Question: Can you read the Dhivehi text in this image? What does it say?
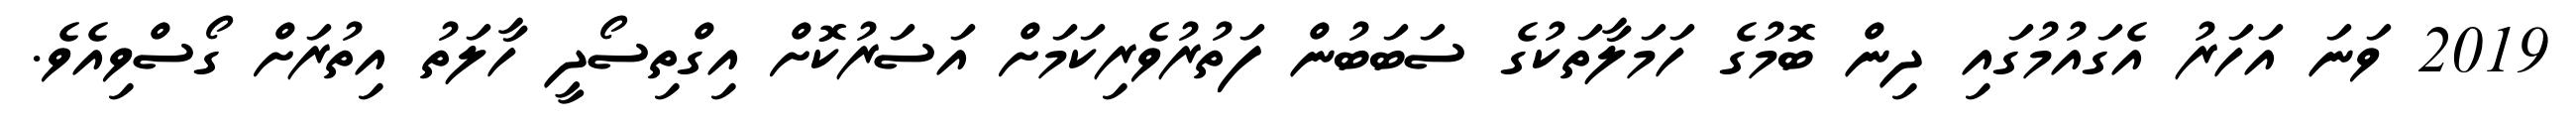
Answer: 2019 ވަނަ އަހަރު އެގައުމުގައި ދިން ބޮމުގެ ހަމަލާތަކުގެ ސަބަބުން ފަތުރުވެރިކަމަށް އަސަރުކޮށް އިގްތިސޯދީ ހާލަތު އިތުރަށް ގޯސްވިއެވެ.